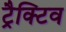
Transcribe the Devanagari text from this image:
ट्रैक्टिव